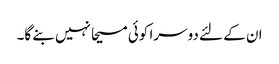
ان کے لئے دوسرا کوئی مسیحا نہیں بنے گا۔